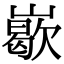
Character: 𡽙